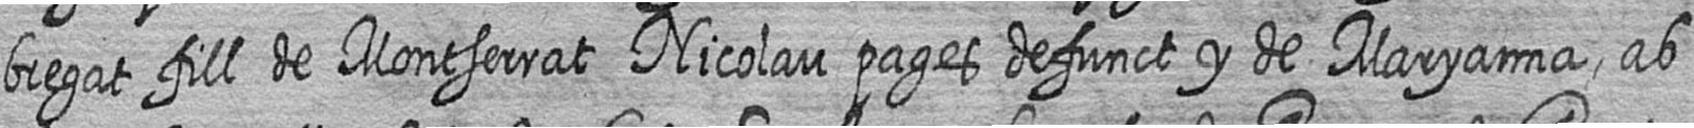
bregat fill de Montserrat Nicolau pages defunct y de Maryanna ab